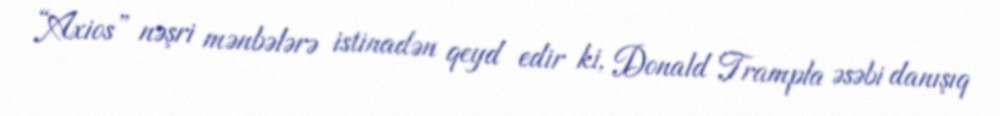
“Axios” nəşri mənbələrə istinadən qeyd edir ki, Donald Trampla əsəbi danışıq